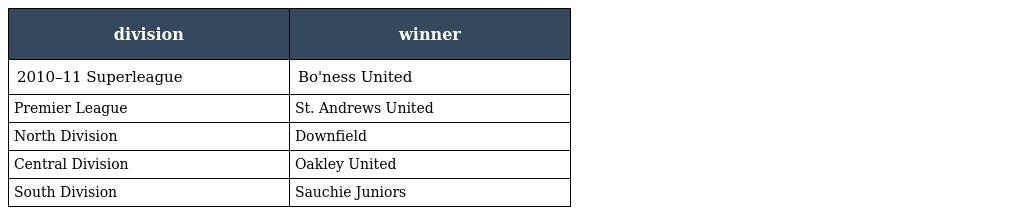
| division | winner |
 | --- | --- |
 | 2010–11 Superleague | Bo'ness United |
 | Premier League | St. Andrews United |
 | North Division | Downfield |
 | Central Division | Oakley United |
 | South Division | Sauchie Juniors |